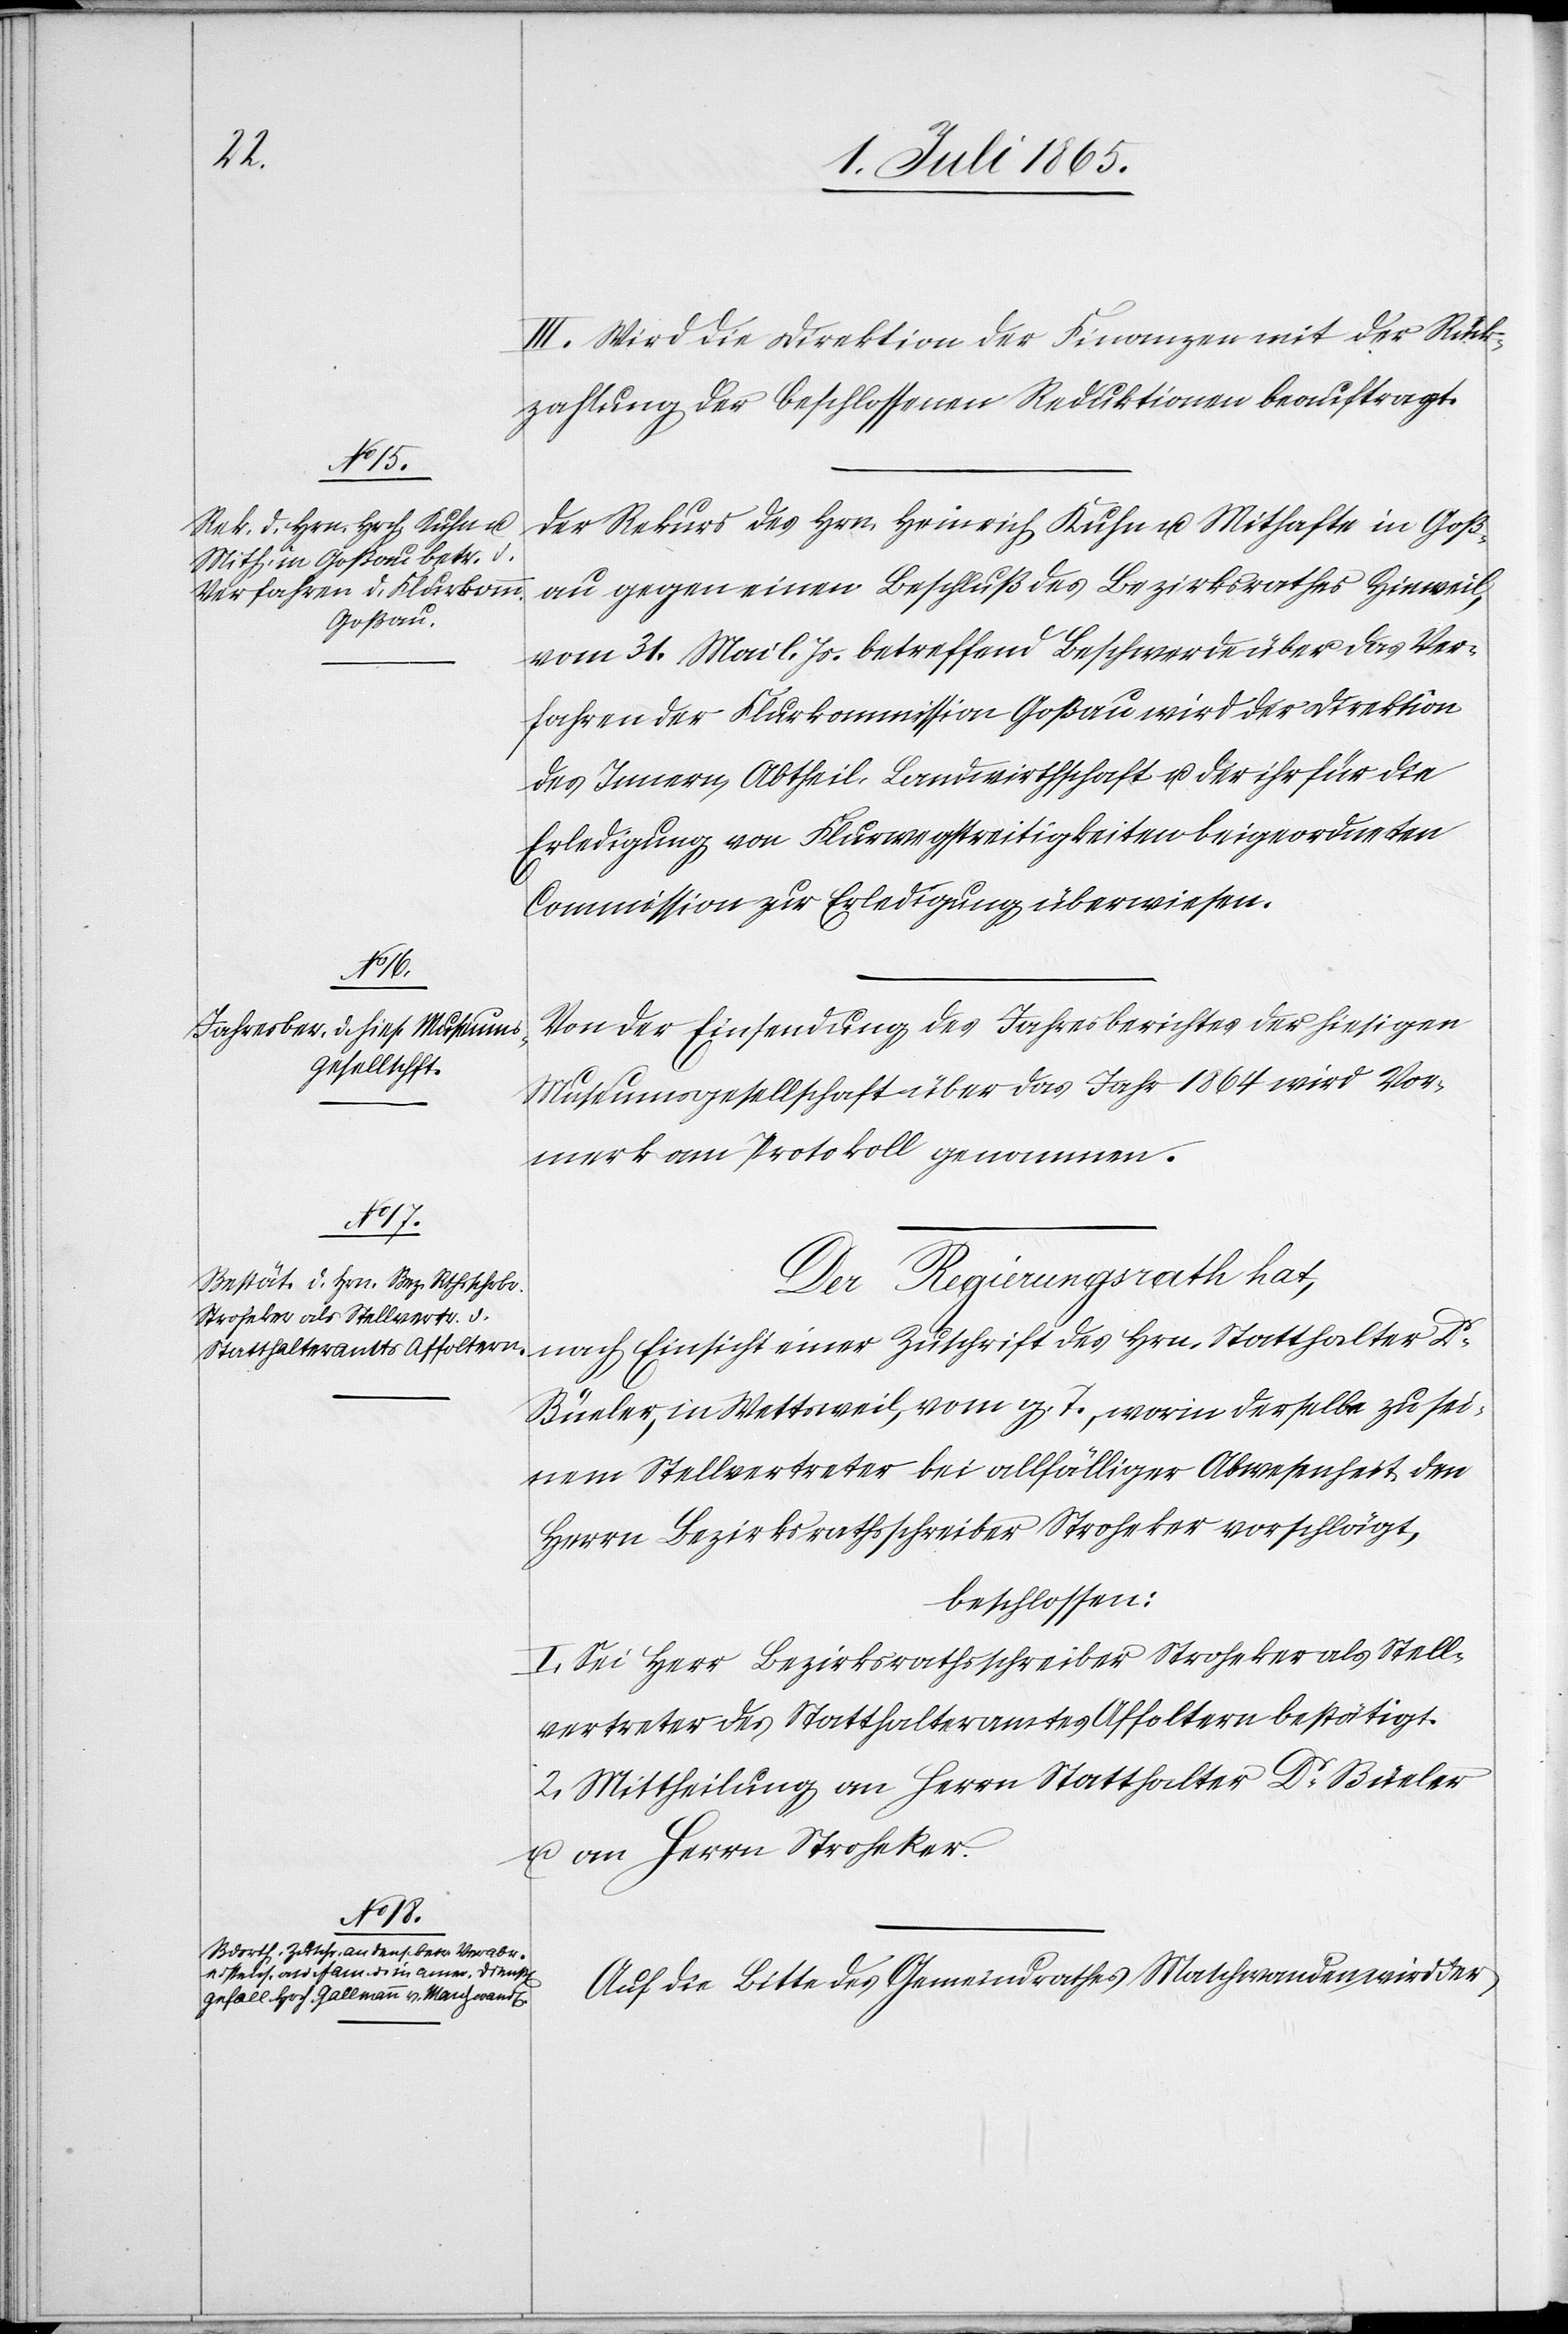
III. Wird die Direktion der Finanzen mit der Rück¬
zahlung der beschlossenen Reduktionen beauftragt.
Der Rekurs des Hrn. Heinrich Kuhn u. Mithafte in Goß¬
au gegen einen Beschluß des Bezirksrathes Hinweil,
vom 31. Mai l. Js. betreffend Beschwerde über das Ver¬
fahren der Flurkommission Goßau wird der Direktion
des Innern, Abtheil. Landwirthschaft u. der ihr für die
Erledigung von Flurwegstreitigkeiten beigeordneten
Commission zur Erledigung überwiesen.
Von der Einsendung des Jahresberichtes der hiesigen
Museumsgesellschaft über das Jahr 1864 wird Vor¬
merk am Protokoll genommen.
Der Regierungsrath hat,
nach Einsicht einer Zuschrift des Hrn. Statthalter Dr
Büeler, in Wettsweil, vom g. T., worin derselbe zu sei¬
nem Stellvertreter bei allfälliger Abwesenheit den
Herrn Bezirksrathsschreiber Stroheker vorschlägt,
beschlossen:
I. Sei Herr Bezirksrathsschreiber Stroheker als Stell¬
vertreter des Statthalteramtes Affoltern bestätigt.
2. Mittheilung an Herrn Statthalter Dr Büeler
u. an Herrn Stroheker.
Auf die Bitte des Gemeindrathes Maschwanden wird der